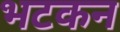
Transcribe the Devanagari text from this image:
भटकन